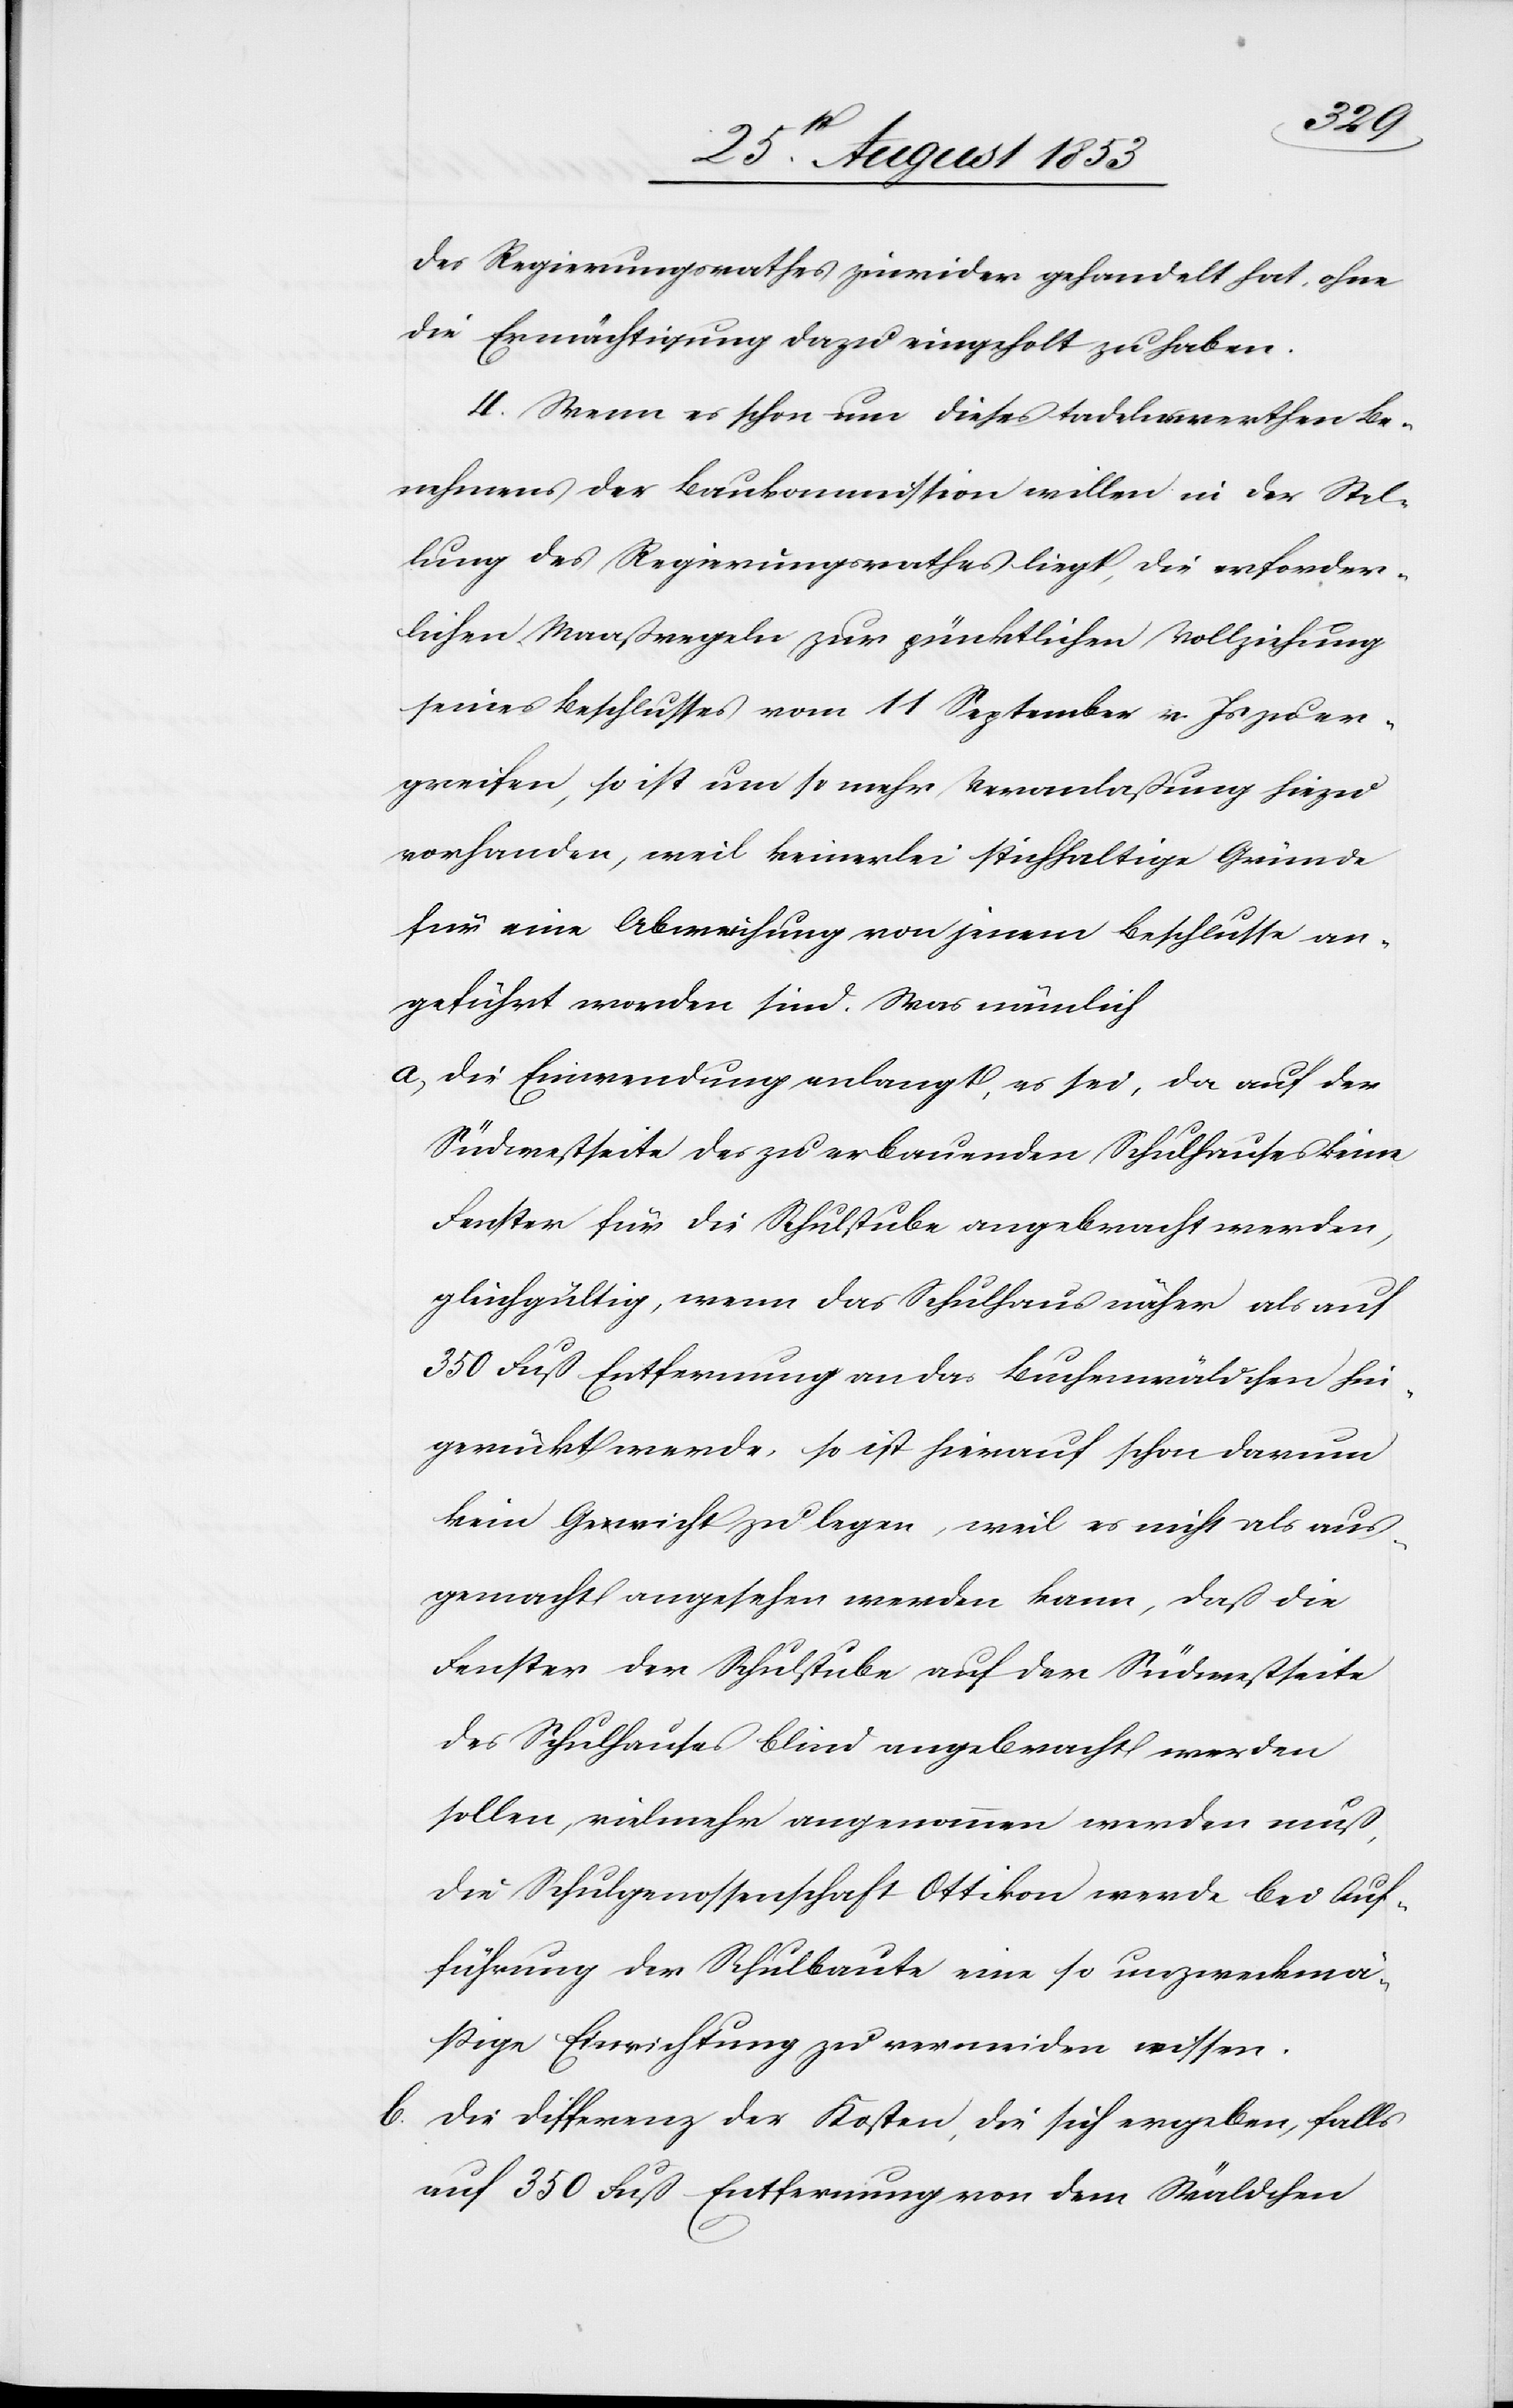
des Regierungsrathes zuwider gehandelt hat, ohne
die Ermächtigung dazu eingeholt zu haben.
4, Wenn es schon um dieses tadelnswerthen Be¬
nehmens der Baukommission willen in der Stel¬
lung des Regierungsrathes liegt, die erforder¬
lichen Maaßregeln zur pünktlichen Vollziehung
seines Beschlusses vom 11 September vor. Js. zu er¬
greifen, so ist um so mehr Veranlaßung hiezu
vorhanden, weil keinerlei stichhaltige Gründe
für eine Abweichung von jenem Beschlusse an¬
geführt worden sind. Was nämlich
a, die Einwendung anlangt, es sei, da auf der
Südseite des zu erbauenden Schulhauses keine
Fenster für die Schulstube angebracht werden,
gleichgültig, wenn das Schulhaus näher als auf
350 Fuß Entfernung an das Buchenwäldchen hin¬
gerückt werde, so ist hierauf schon darum
kein Gewicht zu legen, weil es nicht als aus¬
gemacht angesehen werden kann, daß die
Fenster der Schulstube auf der Südwestseite
des Schulhauses blind angebracht werden
sollen, vielmehr angenommen werden muß,
die Schulgenoßenschaft Ottikon werde bei Auf¬
führung der Schulbaute eine so unzweckmä¬
ßige Errichtung zu vermeiden wissen.
b, Die Differenz der Kosten, die sich ergeben, falls
auf 350 Fuß Entfernung von dem Wäldchen